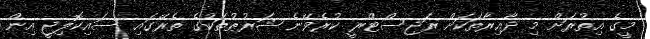
މީގެ އިތުރަށް މި ދާއިރާތަކަށް ރަޖިސްޓްރީ ކުރެވޭނެ ޝަރުޠުތަކުގެ ތެރޭގައި ސައިކޮލިޖީ އިން